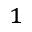
^ 1